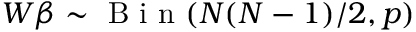
W \beta \sim \mathrm { ~ B ~ i ~ n ~ } ( N ( N - 1 ) / 2 , p )